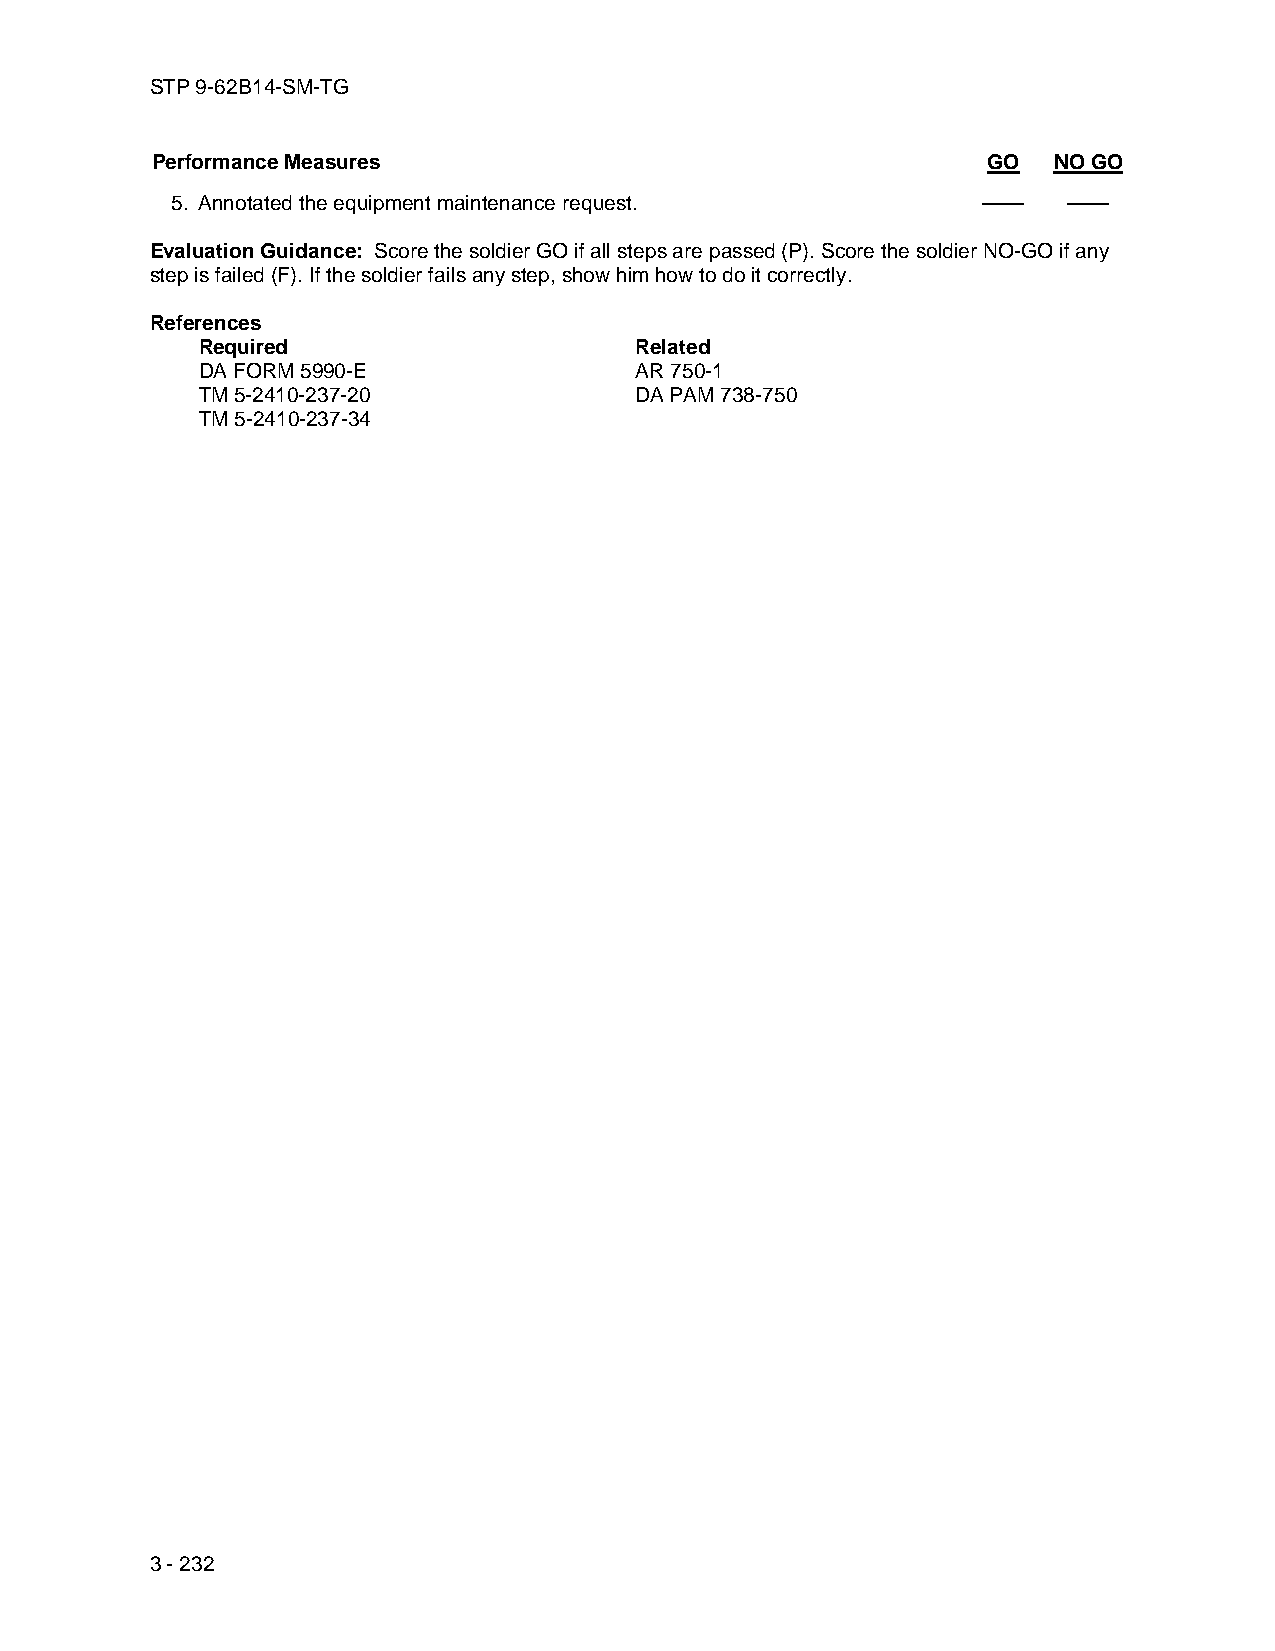
STP 9-62B14-SM-TG
 Performance Measures                                   GO   NO GO
 5. Annotated the equipment maintenance request.       ——    ——
 Evaluation Guidance: Score the soldier GO if all steps are passed (P). Score the soldier NO-GO if any
 step is failed (F). If the soldier fails any step, show him how to do it correctly.
 References
 Required                     Related
 DA FORM 5990-E               AR 750-1
 TM 5-2410-237-20             DA PAM 738-750
 TM 5-2410-237-34
 3 - 232